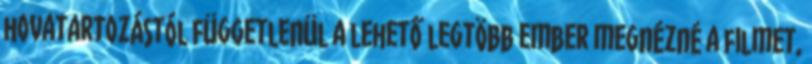
hovatartozástól függetlenül a lehető legtöbb ember megnézné a filmet,